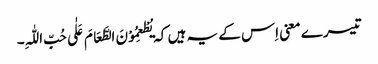
تیسرے معنی اِس کے یہ ہیں کہ یُطْعِمُوْنَ الطَّعَامَ عَلٰی حُبِّ اللّٰہِ۔